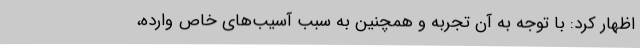
اظهار کرد: با توجه به آن تجربه و همچنین به سبب آسیب‌های خاص وارده،